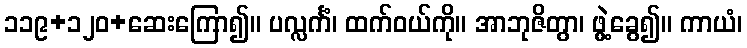
၁၁၉+၁၂၀+ဆေးကြော၍။ ပလ္လင်္ကံ၊ ထက်ဝယ်ကို။ အာဘုဇိတွာ၊ ဖွဲ့ခွေ၍။ ကာယံ၊